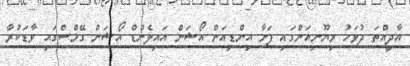
އާދީއްތަ ދުވަހު ރިޔޫނިއަންގައި ފަށާ އިންޑިއަން އޯޝަން އައިލެންޑް އޯޝަން ގޭމްސްގައި ވާޑަކުރާ